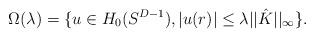
LaTeX: \begin{align*} \Omega (\lambda) = \{u \in H_0 (S^{D - 1}), |u (r) | \leq \lambda || \hat{K} ||_{\infty} \} . \end{align*}